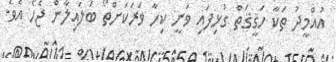
އުއްމީދު ތަކާ ހަޤީޤަތް ގުޅިފައި ވަނީ ކިހާ ވަރަކަށްތޯ ބަލައިލާން ޖެހެ އެވެ.